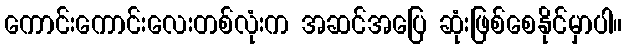
ကောင်းကောင်းလေးတစ်လုံးက အဆင်အပြေ ဆုံးဖြစ်စေနိုင်မှာပါ။